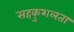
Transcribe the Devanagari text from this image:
सहकुशलता